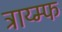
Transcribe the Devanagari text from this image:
ट्राय्म्फ